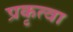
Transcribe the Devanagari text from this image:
प्रकृत्वा